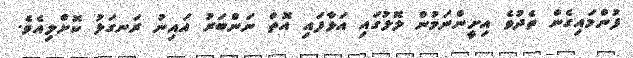
ފުންމައިގެން ތެދުވެ އިށީންނަމުން ލޮލުގައި އަޅާފައި އޮތް ނަންބަރު އައިނު ރަނގަޅު ކޮށްލިއެވެ.